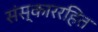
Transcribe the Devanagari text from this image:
संस्काररहित